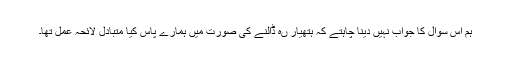
ہم اس سوال کا جواب نہیں دینا چاہتے کہ ہتھیار ںہ ڈالنے کی صورت میں ہمارے پاس کیا متبادل لائحہ عمل تھا۔